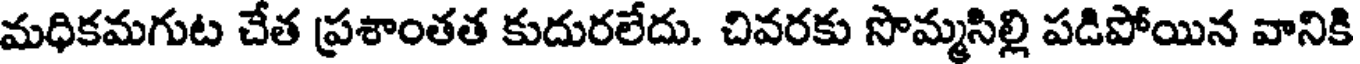
మధికమగుట చేత ప్రశాంతత కుదురలేదు. చివరకు సొమ్మసిల్లి పడిపోయిన వానికి